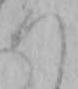
つ